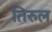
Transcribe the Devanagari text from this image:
तिरुल